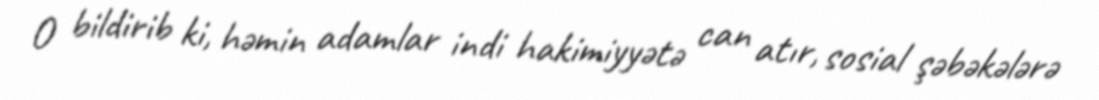
O bildirib ki, həmin adamlar indi hakimiyyətə can atır, sosial şəbəkələrə